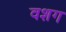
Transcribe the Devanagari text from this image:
वशग